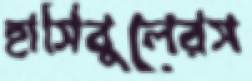
হাসিবুলেরস